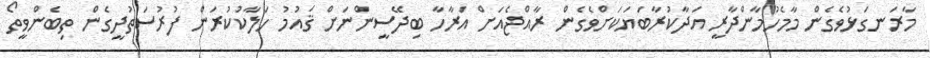
މާރަނގަޅުވެގެން މާމެހުމާންދާރީ އަދާކުރާބަޔަކަށްވެގެން ރާއްޖެއަށް އަރާހާ ބިދޭސީންނަށް ޤައުމު ހަލާކުކުރަން ފުރުސަތުދީގެން ތިބެންވީތޯ